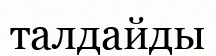
талдайды